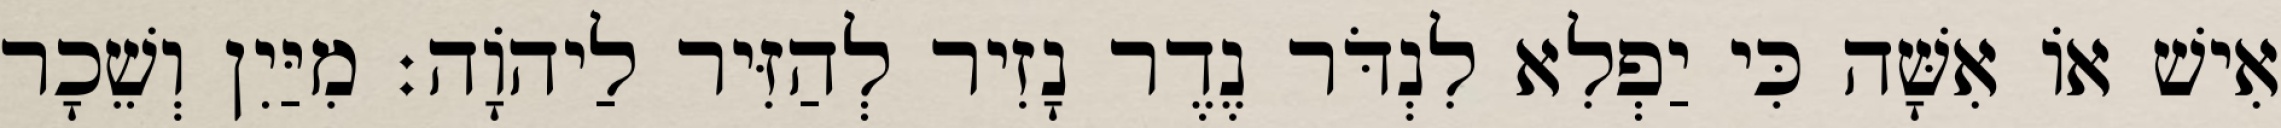
אִישׁ אוֹ אִשָּׁה כִּי יַפְלִא לִנְדֹּר נֶדֶר נָזִיר לְהַזִּיר לַיהוָֹה׃ מִיַּיִן וְשֵׁכָר